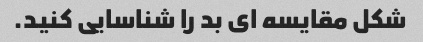
شکل مقایسه ای بد را شناسایی کنید.